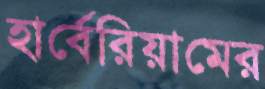
হার্বেরিয়ামের